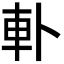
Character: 𨊣